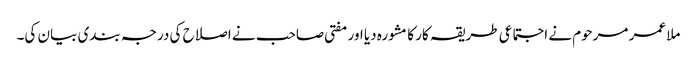
ملا عمر مرحوم نے اجتماعی طریقہ کار کا مشورہ دیا اور مفتی صاحب نے اصلاح کی درجہ بندی بیان کی۔